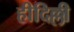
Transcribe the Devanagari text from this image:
हीदिल्ली